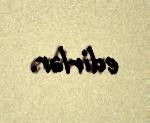
edirlər.